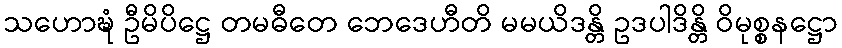
သဟောဍ္ဎံ ဦမိပိဋ္ဌေ တမဓီတေ ဘေဒေဟီတိ မမယိဒန္တိ ဥဒပါဒိန္တိ ဝိမုစ္စနဋ္ဌော